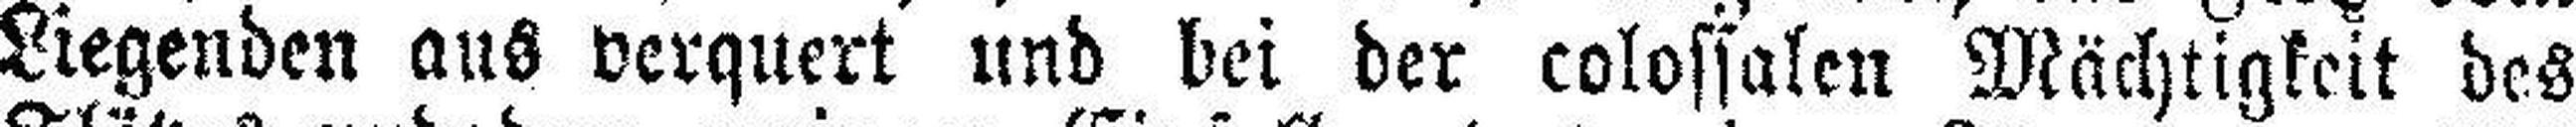
Liegenden aus verquert und bei der colossalen Mächtigkeit des